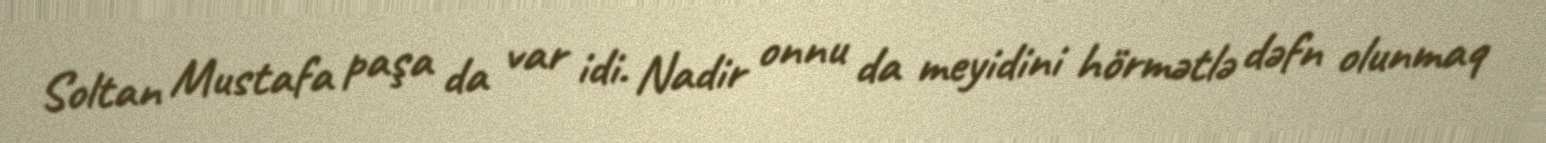
Soltan Mustafa paşa da var idi. Nadir onnu da meyidini hörmətlə dəfn olunmaq